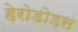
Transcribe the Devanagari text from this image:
हेरोडोड़स